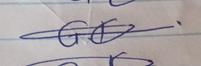
Signature authenticity: genuine